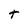
Character: t